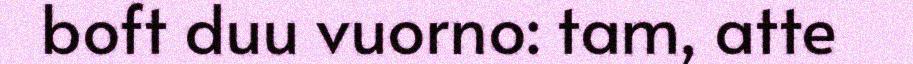
boft duu vuorno: tam, atte